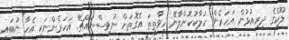
ލޫކްގެ ދިރިއުޅުން އަހަރެން ހަލާކުކޮށްލާނޭ ހީވާތީތަ އެގޮތަށް ނުވިސްނައްޗޭ. އަހަރެންނަކީ އެހާ ނުބައި